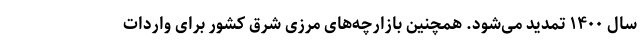
سال ۱۴۰۰ تمدید می‌شود. همچنین بازارچه‌های مرزی شرق کشور برای واردات